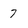
Character: 7